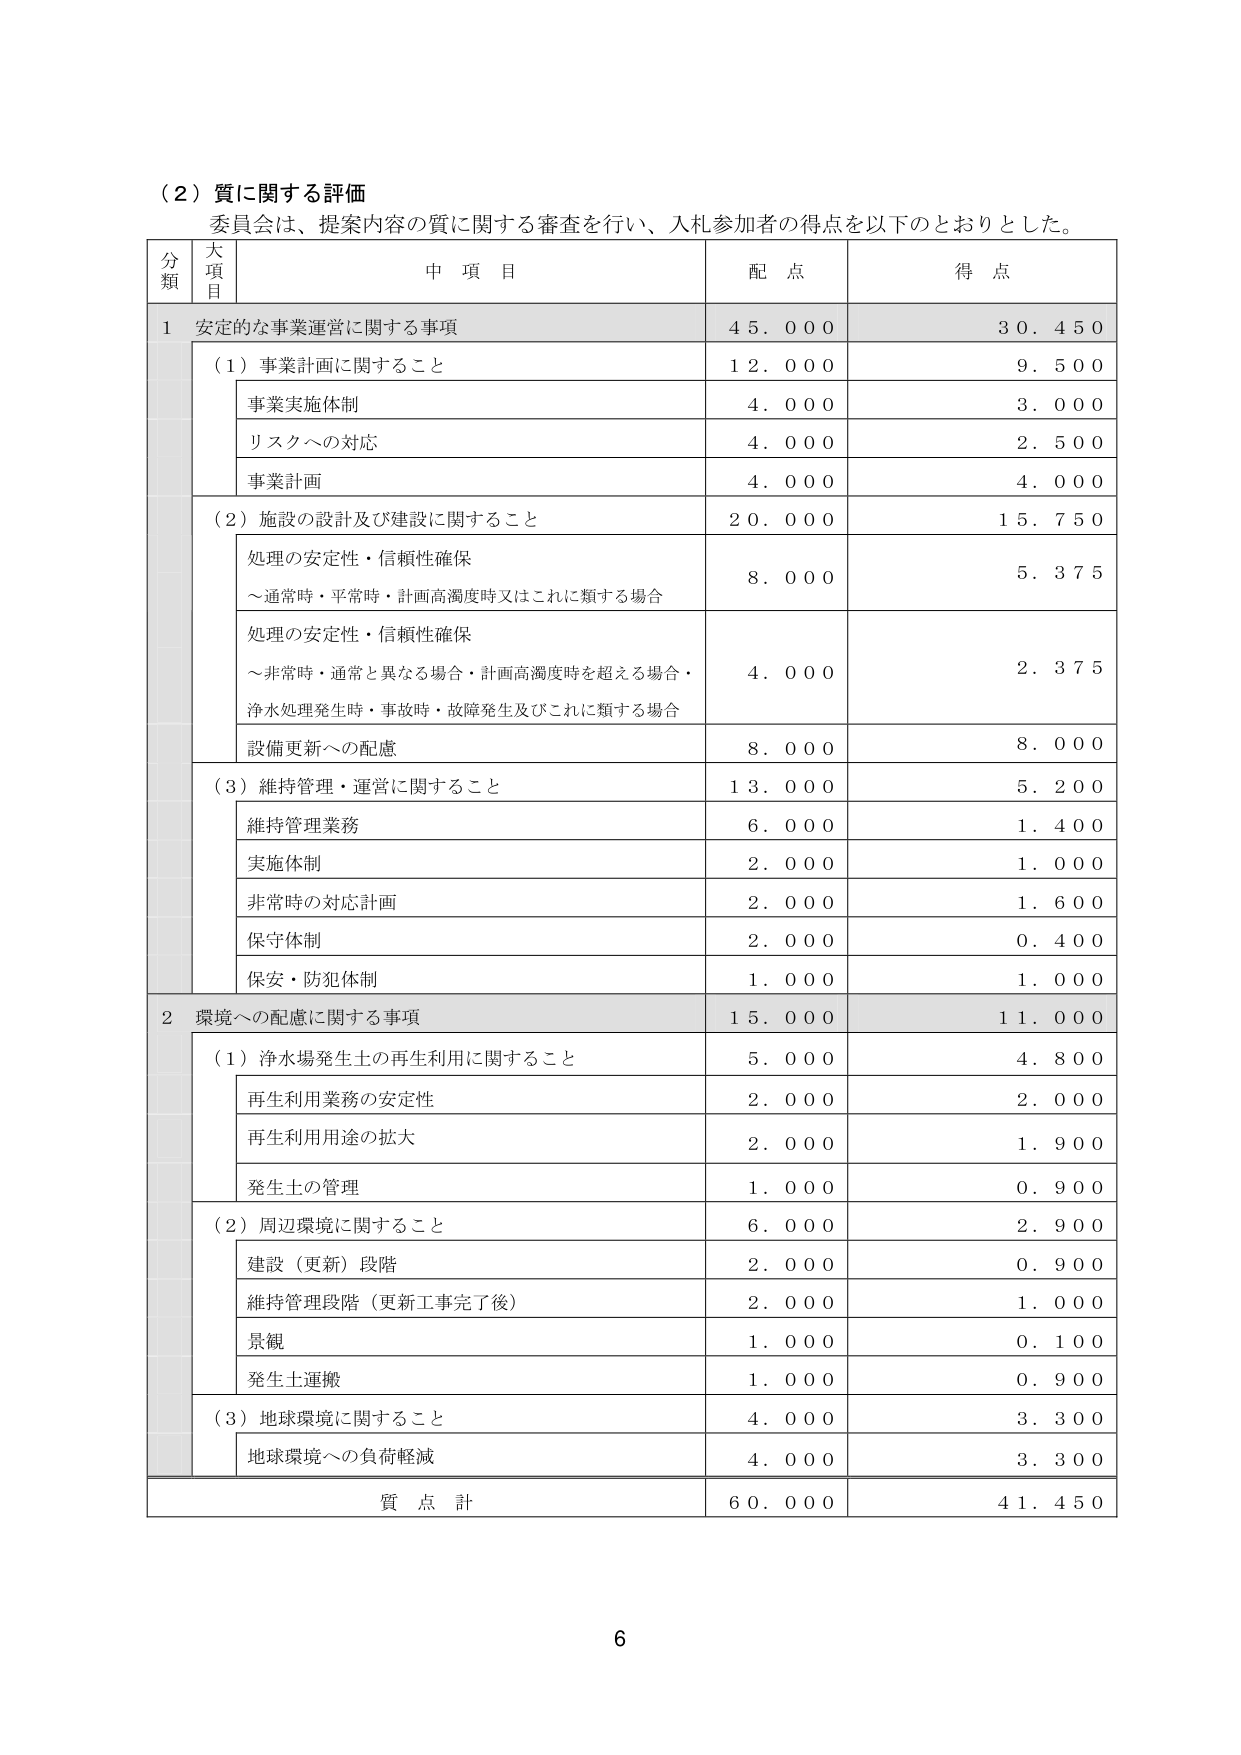
（２）質に関する評価
委員会は、提案内容の質に関する審査を行い、入札参加者の得点を以下のとおりとした。

分類　大項目　中項目　配点　得点

1　安定的な事業運営に関する事項　45.000　30.450
　　（1）事業計画に関すること　12.000　9.500
　　　　事業実施体制　4.000　3.000
　　　　リスクへの対応　4.000　2.500
　　　　事業計画　4.000　4.000
　　（2）施設の設計及び建設に関すること　20.000　15.750
　　　　処理の安定性・信頼性確保
　　　　　～通常時・平常時・計画高濁度時又はこれに類する場合　8.000　5.375
　　　　処理の安定性・信頼性確保
　　　　　～非常時・通常と異なる場合・計画高濁度時を超える場合・
　　　　　　浄水処理発生時・事故時・故障発生及びこれに類する場合　4.000　2.375
　　　　設備更新への配慮　8.000　8.000
　　（3）維持管理・運営に関すること　13.000　5.200
　　　　維持管理業務　6.000　1.400
　　　　実施体制　2.000　1.000
　　　　非常時の対応計画　2.000　1.600
　　　　保守体制　2.000　0.400
　　　　保安・防犯体制　1.000　1.000

2　環境への配慮に関する事項　15.000　11.000
　　（1）浄水場発生土の再生利用に関すること　5.000　4.800
　　　　再生利用業務の安定性　2.000　2.000
　　　　再生利用用途の拡大　2.000　1.900
　　　　発生土の管理　1.000　0.900
　　（2）周辺環境に関すること　6.000　2.900
　　　　建設（更新）段階　2.000　0.900
　　　　維持管理段階（更新工事完了後）　2.000　1.000
　　　　景観　1.000　0.100
　　　　発生土運搬　1.000　0.900
　　（3）地球環境に関すること　4.000　3.300
　　　　地球環境への負荷軽減　4.000　3.300

質点計　60.000　41.450

6